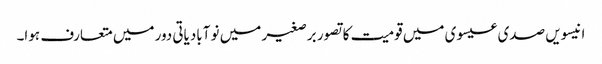
انیسویں صدی عیسوی میں قومیت کا تصور برصغیر میں نو آبادیاتی دور میں متعارف ہوا۔